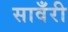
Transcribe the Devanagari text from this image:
सावँरी